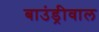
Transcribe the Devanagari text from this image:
बाउंड्रीवाल